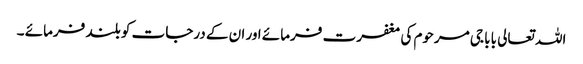
اللہ تعالی بابا جی مرحوم کی مغفرت فرمائے اور ان کے درجات کو بلند فرمائے ۔